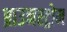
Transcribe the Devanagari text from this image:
ब्राउनस्ट्रोम